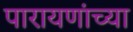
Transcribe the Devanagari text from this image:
पारायणांच्या